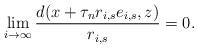
LaTeX: \begin{align*}\lim_{i\rightarrow \infty} \frac{d(x+ \tau_n r_{i,s}e_{i,s}, z)}{r_{i,s}}=0.\end{align*}